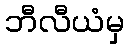
ဘီလီယံမှ